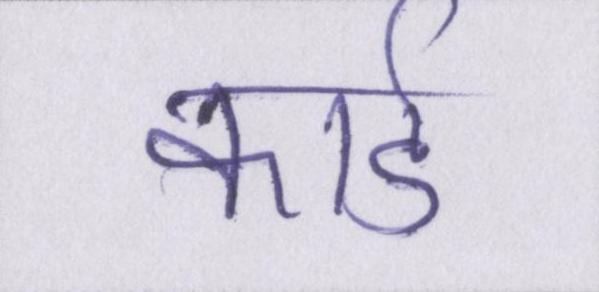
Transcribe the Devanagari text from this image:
कार्ड